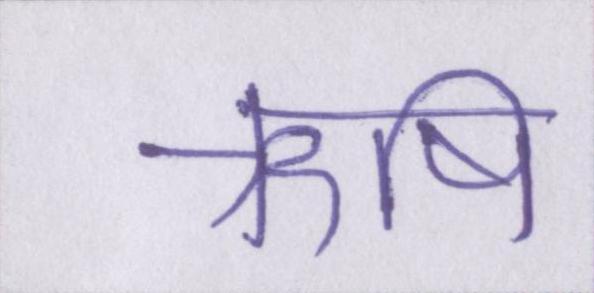
ऋषि